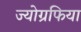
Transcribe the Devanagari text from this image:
ज्योग्रफिया